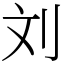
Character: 刘